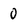
Character: 0